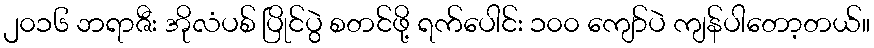
၂၀၁၆ ဘရာဇီး အိုလံပစ် ပြိုင်ပွဲ စတင်ဖို့ ရက်ပေါင်း ၁၀၀ ကျော်ပဲ ကျန်ပါတော့တယ်။